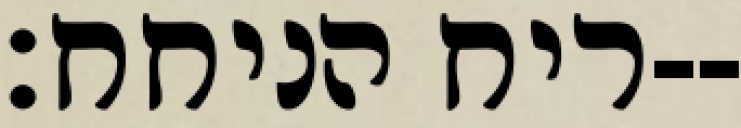
ריח הניחח׃--